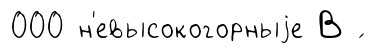
000 н'евысокогорныjе В ́